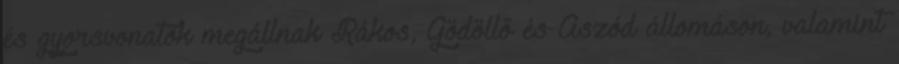
és gyorsvonatok megállnak Rákos, Gödöllő és Aszód állomáson, valamint